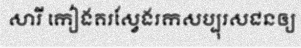
សារី កៀងគរស្វែងរកសប្បុរសជនឲ្យ